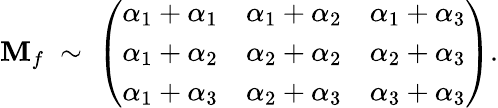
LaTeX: {\mathbf M}_{f}\; \sim\; \left(\begin{array}{lll}{{\alpha_{1}+\alpha_{1}}}&{{\alpha_{1}+\alpha_{2}}}&{{\alpha_{1}+\alpha_{3}}}\\ {{\alpha_{1}+\alpha_{2}}}&{{\alpha_{2}+\alpha_{2}}}&{{\alpha_{2}+\alpha_{3}}}\\ {{\alpha_{1}+\alpha_{3}}}&{{\alpha_{2}+\alpha_{3}}}&{{\alpha_{3}+\alpha_{3}}}\end{array}\right).